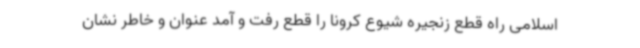
اسلامی راه قطع زنجیره شیوع کرونا را قطع رفت و آمد عنوان و خاطر نشان